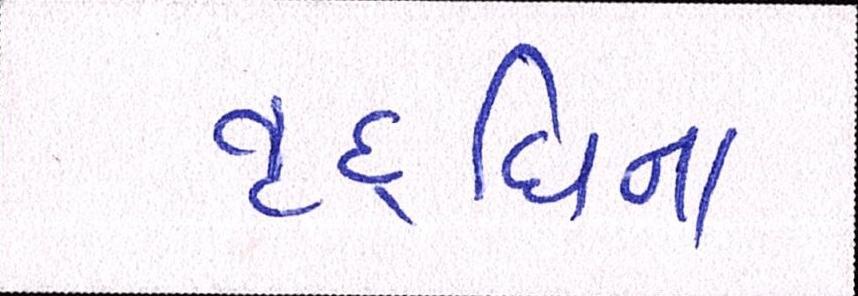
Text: વૃદ્ધિના